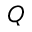
Q